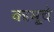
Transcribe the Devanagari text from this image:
कामूचे